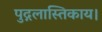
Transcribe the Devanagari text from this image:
पुद्गलास्तिकाय।